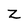
Character: Z